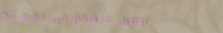
توصيل طلباتكم في جميع أنح